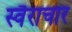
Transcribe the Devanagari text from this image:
स्वैराचार